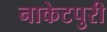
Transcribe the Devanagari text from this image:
नाकेटपुरी